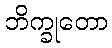
ဘိက္ခုတော